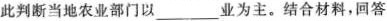
此判断当地农业部门以___业为主。结合材料，回答